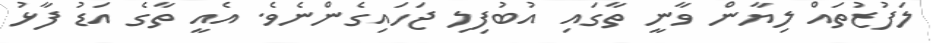
ލަފުޒުތައް ލިޔާން ވާނީ ތާގައި އުބުފިލި ޖަހައިގެންނެވެ. އެއީ ތާގެ އަޑު ފާޅު